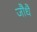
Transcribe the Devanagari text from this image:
जौधै